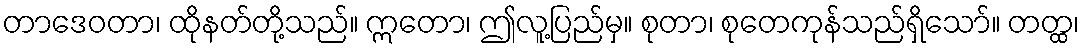
တာဒေဝတာ၊ ထိုနတ်တို့သည်။ ဣတော၊ ဤလူ့ပြည်မှ။ စုတာ၊ စုတေကုန်သည်ရှိသော်။ တတ္ထ၊